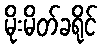
မိုးမိတ်ခရိုင်